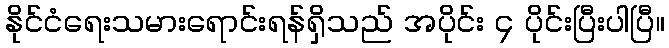
နိုင်ငံရေးသမားရောင်းရန်ရှိသည် အပိုင်း ၄ ပိုင်းပြီးပါပြီ။